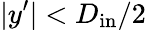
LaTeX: |y^{\prime}|<D_{\mathrm{in}}/2